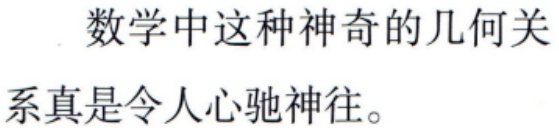
数学中这种神奇的几何关系真是令人心驰神往。